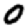
Digit: 0